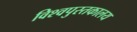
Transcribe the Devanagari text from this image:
विश्वपुस्तकालय